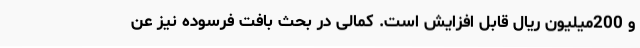
و 200میلیون ریال قابل افزایش است. کمالی در بحث بافت فرسوده نیز عن